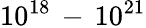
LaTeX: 10^{18}\, -\, 10^{21}